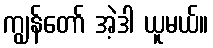
ကျွန်တော် အဲ့ဒါ ယူမယ်။